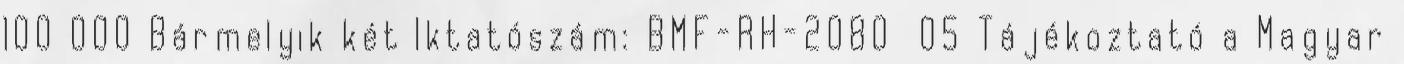
100 000 Bármelyik két Iktatószám: BMF-RH-2080 05 Tájékoztató a Magyar